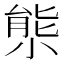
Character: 𡮙